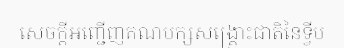
សេចក្តីអញ្ជើញគណបក្សសង្គ្រោះជាតិនៃទ្វីប